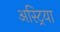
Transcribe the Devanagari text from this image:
अस्ट्रिया